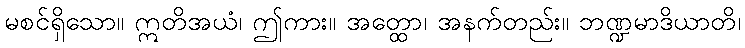
မစင်ရှိသော။ ဣတိအယံ၊ ဤကား။ အတ္ထော၊ အနက်တည်း။ ဘဏ္ဍမာဒိယာတိ၊